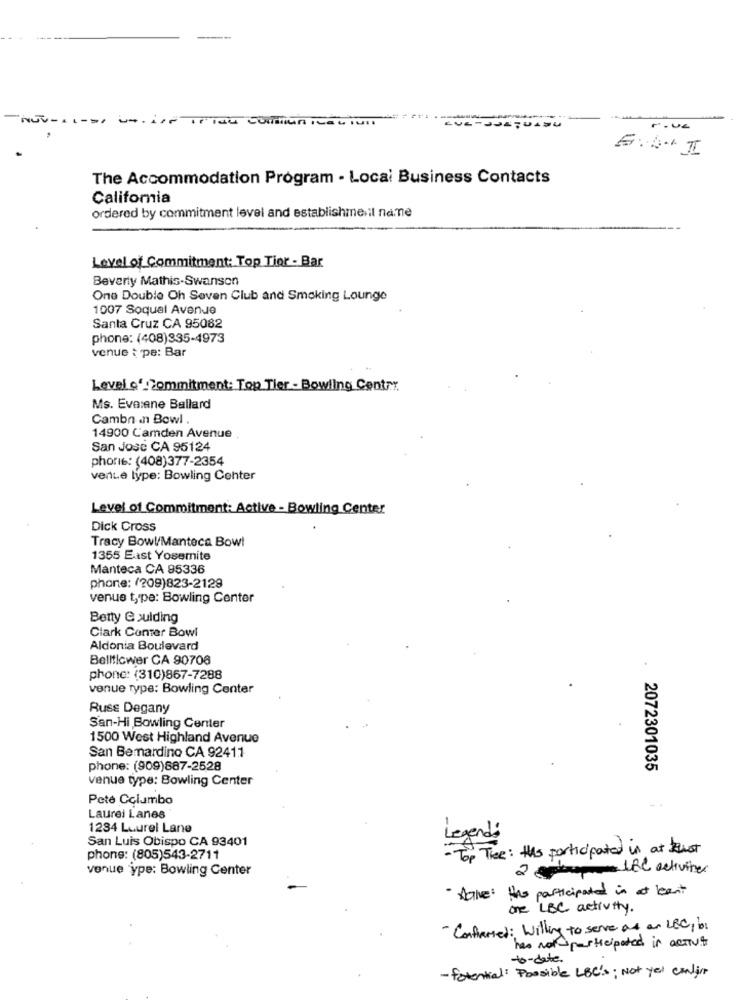
NUV.
w .. i.r .
6:4 . II
The Accommodation Program - Local Business Contacts
California
ordered by commitment level and establishmenil name
Level of Commitment: Top Tier - Bar
Beverly Mathis-Swanson
One Double Oh Seven Club and Smoking Lounge
1007 Soquel Avenue
Santa Cruz CA 95082
phone: (408)335-4973
venue t pe: Bar
Level o' Commitment: Top Tier - Bowling Centry.
Ms. Evaiene Ballard
Cambn an Bowl .
14900 Camden Avenue .
San Jose CA 95124
phorie: (408)377-2354
vente type: Bowling Center
Level of Commitment: Active - Bowling Center
Dick Cross
Tracy Bowl/Manteca Bowl
1355 East Yosemite
Manteca CA 95336
phone: (209)823-2129
venue type: Bowling Center
Betty Goulding
Clark Conter Bowl
Aldonia Boulevard
Bellticwer CA 90706
phone: (310)867-7288
venue type: Bowling Center
Russ Degany
San-Hi Bowling Center
1500 West Highland Avenue
San Bemardino CA 92411
phone: (909)887-2528
2072301035
venue type: Bowling Center
Pete Columbo
Laurel Lanes
1234 Laurel Lane
San Luis Obispo CA 93401
Legend:
- Top Thee: this participated in at test
phone: (805)543-2711
venue ype: Bowling Center
2 gehenthe activities
· Alive : Has participated in at least
one LBC activity.
- Confirmed: Willing to serve as an LBC, b1
has not participated in actives
to - date.
- Potential: Possible LBC's; Not yet canlier